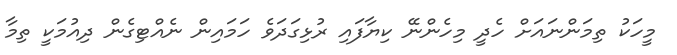
މީހަކު ތިމަންނައަށް ހެދީ މިހެންނޭ ކިޔާފައި ރުޅިގަދަވެ ހަމައިން ނެއްޓިގެން ދިއުމަކީ ތިމާ